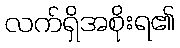
လက်ရှိအစိုးရ၏